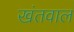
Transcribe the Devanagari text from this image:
खंतवाल